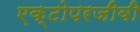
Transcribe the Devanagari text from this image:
एक्टोपरजीवी